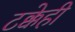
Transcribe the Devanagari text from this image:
टक्केही